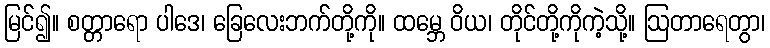
မြင်၍။ စတ္တာရော ပါဒေ၊ ခြေလေးဘက်တို့ကို။ ထမ္ဘေ ဝိယ၊ တိုင်တို့ကိုကဲ့သို့။ ဩတာရေတွာ၊